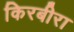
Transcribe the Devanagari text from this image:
किरबीरा